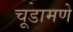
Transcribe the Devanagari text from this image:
चूडामणे